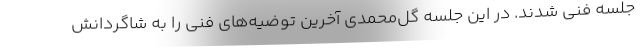
جلسه فنی شدند. در این جلسه گل‌محمدی آخرین توضیه‌های فنی را به شاگردانش